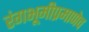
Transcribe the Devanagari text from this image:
रंगभूमीप्रमाणेच